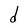
Character: d